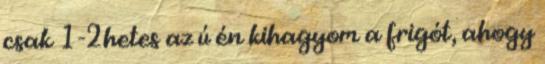
csak 1-2hetes az ú én kihagyom a frigót, ahogy